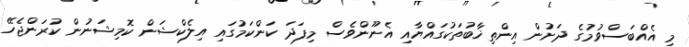
މި އެއްބަސްވުމުގެ ދަށުން އިންތިޚާބުތަކުގައްޔާއި އެނޫންވެސް މިފަދަ ކަންކަމުގައި އިލެކްޝަން ކޮމިޝަނުން ކުރަންޖެހޭ